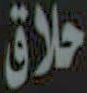
حلاق